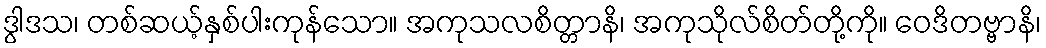
ဒွါဒသ၊ တစ်ဆယ့်နှစ်ပါးကုန်သော။ အကုသလစိတ္တာနိ၊ အကုသိုလ်စိတ်တို့ကို။ ဝေဒိတဗ္ဗာနိ၊